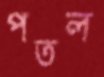
পতল